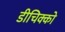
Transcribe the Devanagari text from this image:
डीचिक्को